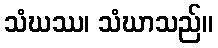
သံဃဿ၊ သံဃာသည်။